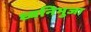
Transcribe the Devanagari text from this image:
ध्वनिभुजा